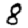
Digit: 8